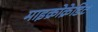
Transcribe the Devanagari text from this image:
माइक्रोक्रेडिट